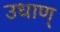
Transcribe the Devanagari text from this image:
उधाण्